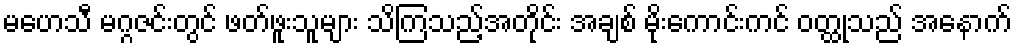
မဟေသီ မဂ္ဂဇင်းတွင် ဖတ်ဖူးသူများ သိကြသည့်အတိုင်း အချစ် မိုးကောင်းကင် ဝတ္ထုသည် အနောက်